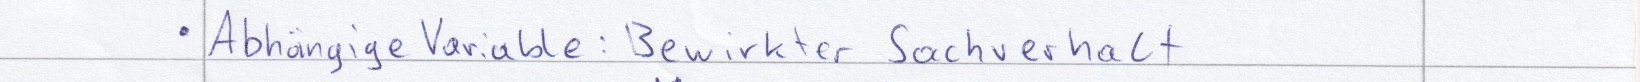
Abhängige Variable: Bewirkter Sachverhalt